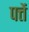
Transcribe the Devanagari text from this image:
पत्तें